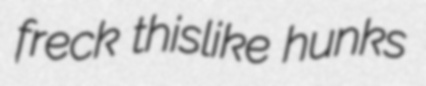
freck thislike hunks